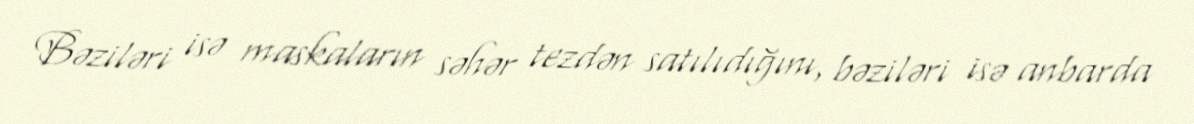
Bəziləri isə maskaların səhər tezdən satılıdığını, bəziləri isə anbarda